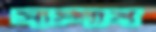
সাম্পান